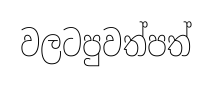
වලටපුවත්පත්